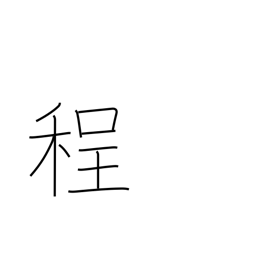
Meaning: degree